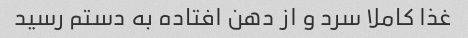
غذا کاملا سرد و از دهن افتاده به دستم رسید